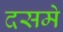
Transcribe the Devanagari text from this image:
दसमे